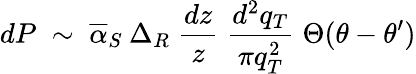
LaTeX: dP\; \sim\; \overline{{{\alpha}}}_{S}\: \Delta_{R}\; \frac{dz}{z}\; \frac{d^{2}q_{T}}{\pi q_{T}^{2}}\; \Theta(\theta-\theta^{\prime})